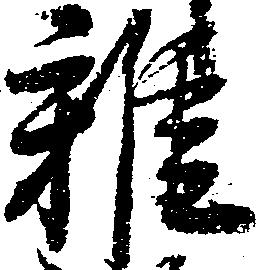
雑